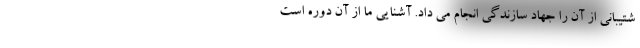
شتیبانی از آن را جهاد سازندگی انجام می داد. آشنایی ما از آن دوره است